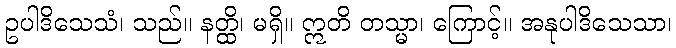
ဥပါဒိသေသံ၊ သည်။ နတ္ထိ၊ မရှိ။ ဣတိ တသ္မာ၊ ကြောင့်။ အနုပါဒိသေသာ၊